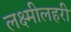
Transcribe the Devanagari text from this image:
लक्ष्मीलहरी